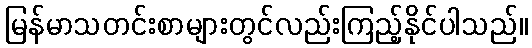
မြန်မာသတင်းစာများတွင်လည်းကြည့်နိုင်ပါသည်။